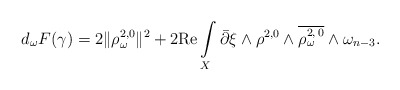
\begin{align*}d_{\omega}F(\gamma)= 2 \Vert \rho^{2,0} _{\omega} \Vert^2+ 2\mbox{Re} \int\limits_X \bar\partial \xi \wedge \rho^{2,0} \wedge \overline{\rho_\omega^{2,\,0}} \wedge \omega_{n-3}.\end{align*}